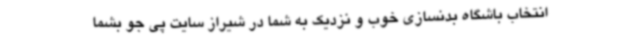
انتخاب باشگاه بدنسازی خوب و نزدیک به شما در شیراز سایت پی جو بشما